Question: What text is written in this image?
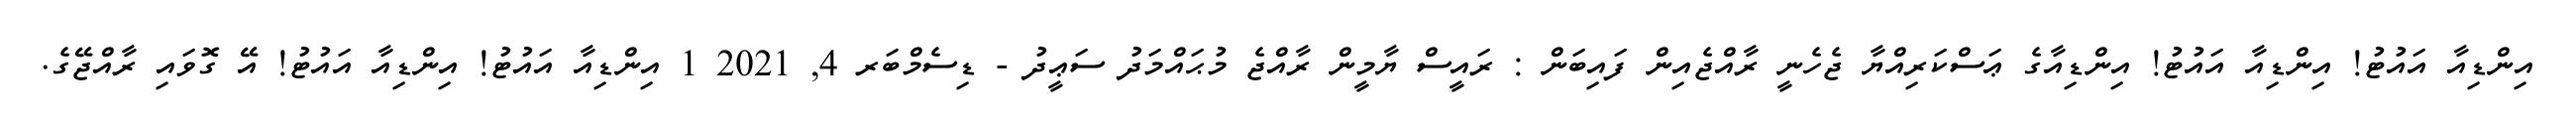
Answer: އިންޑިއާ އައުޓު! އިންޑިއާ އައުޓު! އިންޑިއާގެ ޢަސްކަރިއްޔާ ޖެހެނީ ރާއްޖެއިން ފައިބަން : ރައީސް ޔާމީން ރާއްޖެ މުޙައްމަދު ސަޢީދު - ޑިސެމްބަރ 4, 2021 1 އިންޑިއާ އައުޓު! އިންޑިއާ އައުޓު! އޭ ގޮވައި ރާއްޖޭގެ.